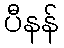
ပီနန်